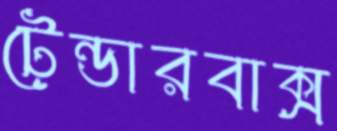
টেন্ডারবাক্স